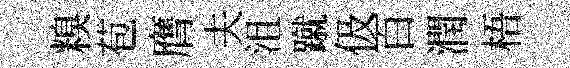
糗苞膺夫沮蹴伋百潤梧